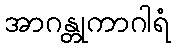
အာဂန္တုကာဂါရံ